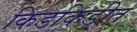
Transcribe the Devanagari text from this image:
किडकिडीत